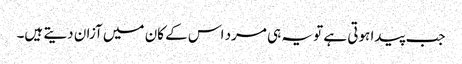
جب پیدا ہوتی ہے تو یہ ہی مرد اس کے کان میں آزان دیتے ہیں۔